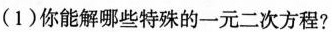
(1)你能解哪些特殊的一元二次方程？